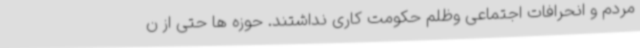
مردم و انحرافات اجتماعی وظلم حکومت کاری نداشتند. حوزه ها حتی از ن